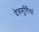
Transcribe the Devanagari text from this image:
देवमूर्तियां